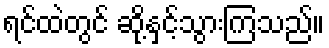
ရင်ထဲတွင် ဆို့နှင့်သွားကြသည်။